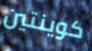
كوينتين